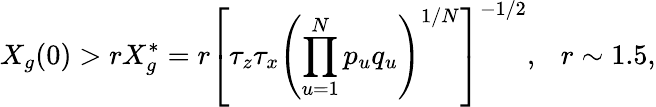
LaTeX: X_{g}(0)>rX_{g}^{*}=r\left[\tau_{z}\tau_{x}\left(\prod_{u=1}^{N}p_{u}q_{u}\right)^{1/N}\right]^{-1/2},~~~r\sim 1.5,